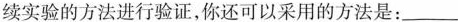
续实验的方法进行验证，你还可以采用的方法是：___